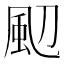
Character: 䫸